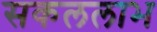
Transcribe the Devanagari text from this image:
सकललाभ